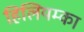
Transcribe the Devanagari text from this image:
हिलियम्का